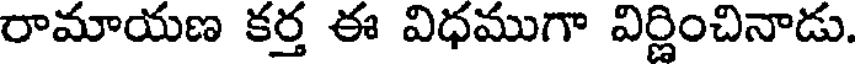
రామాయణ కర్త ఈ విధముగా విర్ణించినాడు.